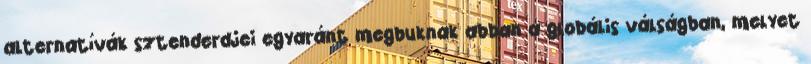
alternatívák sztenderdjei egyaránt megbuknak abban a globális válságban, melyet